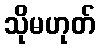
သိုမဟုတ်